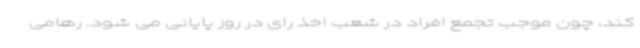
کند، چون موجب تجمع افراد در شعب اخذ رای در روز پایانی می شود. رهامی